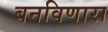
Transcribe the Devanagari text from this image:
बनविणारा